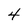
Character: 4